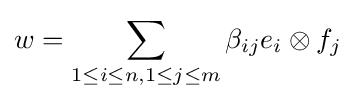
w=\sum _{1\leq i\leq n,1\leq j\leq m}\beta _{ij}e_{i}\otimes f_{j}